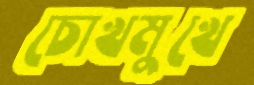
চোখমুখে